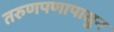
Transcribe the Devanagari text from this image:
तरुणपणापासुन